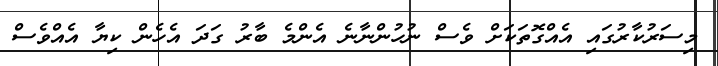
މިސަރުކާރުގައި އެއްގޮތަކަށް ވެސް ނުހުންނާނެ އެންމެ ބާރު ގަދަ އެހެން ކިޔާ އެއްވެސް